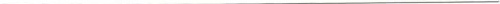
___